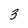
Character: 3